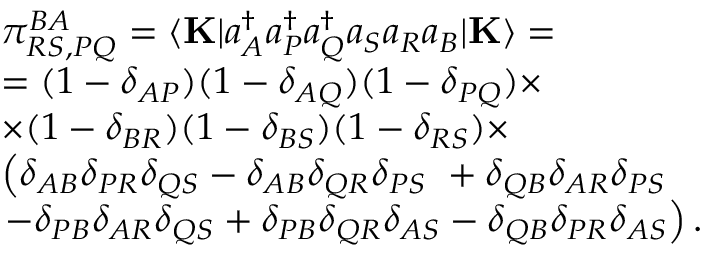
\begin{array} { r l } & { \pi _ { R S , P Q } ^ { B A } = \langle \mathbf { K } | a _ { A } ^ { \dagger } a _ { P } ^ { \dagger } a _ { Q } ^ { \dagger } a _ { S } a _ { R } a _ { B } | \mathbf { K } \rangle = } \\ & { = ( 1 - \delta _ { A P } ) ( 1 - \delta _ { A Q } ) ( 1 - \delta _ { P Q } ) \times } \\ & { \times ( 1 - \delta _ { B R } ) ( 1 - \delta _ { B S } ) ( 1 - \delta _ { R S } ) \times } \\ & { \left( \delta _ { A B } \delta _ { P R } \delta _ { Q S } - \delta _ { A B } \delta _ { Q R } \delta _ { P S } \ + \delta _ { Q B } \delta _ { A R } \delta _ { P S } \right. } \\ & { \left. - \delta _ { P B } \delta _ { A R } \delta _ { Q S } + \delta _ { P B } \delta _ { Q R } \delta _ { A S } - \delta _ { Q B } \delta _ { P R } \delta _ { A S } \right) . } \end{array}